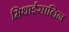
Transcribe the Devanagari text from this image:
मिथाईसालिन